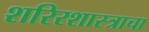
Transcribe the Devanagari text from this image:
शरिरशास्त्राचा